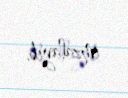
imzalayıb.